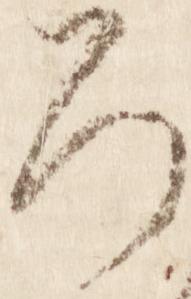
ろ